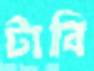
টাবি